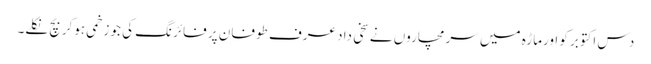
دس اکتوبر کو اورماڑہ میں سرمچاروں نے سخی داد عرف طوفان پر فائرنگ کی جو زخمی ہوکربچ نکلے۔